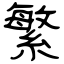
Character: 繁